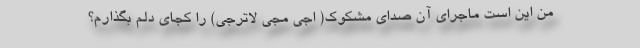
من این است ماجرای آن صدای مشکوک( اجی مجی لاترجی) را کجای دلم بگذارم؟